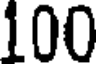
100